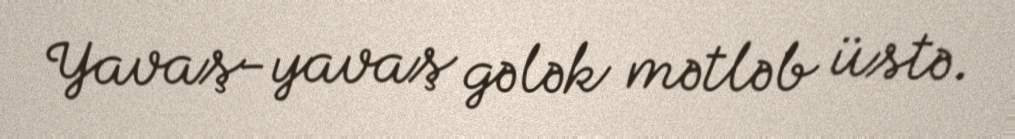
Yavaş-yavaş gələk mətləb üstə.